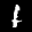
Label: 1